Vaccination report Assam 1896-1927 - 1896-1927
Year: 1896
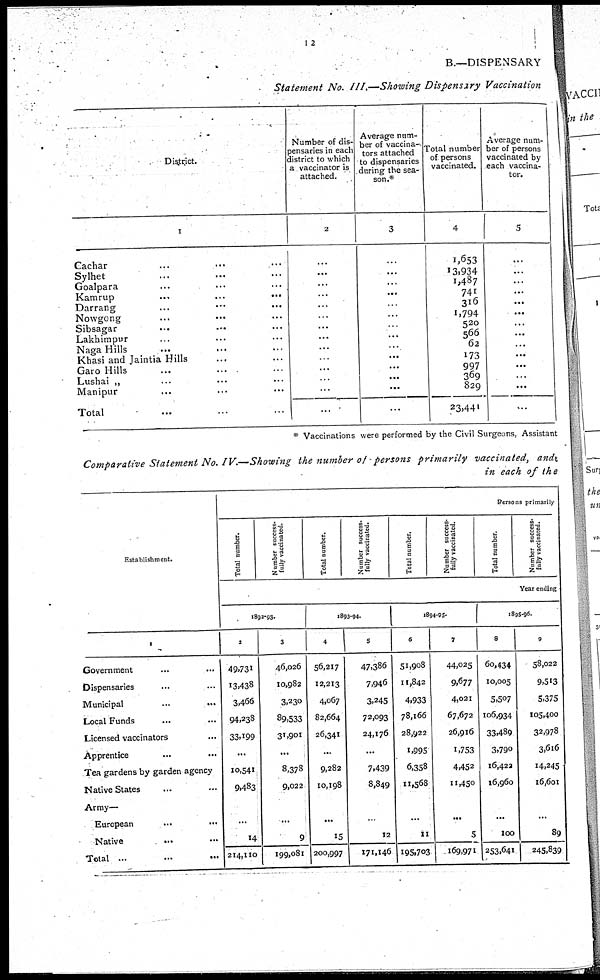
12
B.—DISPENSARY
Statement No. III.—Showing Dispensary Vaccination
District.
1
Cachar ... ... ...
Sylhet ... ... ...
Goalpara ... ... ...
Kamrup
...
...
...
Darrang ... ... ...
Nowgong ... ... ...
Sibsagar
...
...
...
Lakhimpur ... ... ...
Naga Hills ... ... ...
Khasi and Jaintia Hills ... ...
Garo Hills ... ... ...
Lushai „ ... ... ...
Manipur ... ... ...
Total ... ...
Number of dis-
pensaries in each
district to which
a vaccinator is
attached.
2
...
...
...
...
...
...
...
...
...
...
...
...
...
...
Average num-
ber of vaccina-
tors attached
to dispensaries
during the sea-
son.*
3
...
...
...
...
...
...
...
...
...
...
...
...
...
...
Total number
of persons
vaccinated.
4
1,653
13,934
1,487
741
316
1,794
520
566
62
173
997
369
829
23,441
Average num-
ber of persons
vaccinated by
each vaccina-
tor.
5
...
...
...
...
...
...
...
...
...
...
...
...
...
...
* Vaccinations were performed by the Civil Surgeons, Assistant
Comparative Statement No.IV.—Showing the number of persons primarily vaccinated, andt
in each of the
Establishment.
1
Government ... ...
Dispensaries ... ...
Municipal
...
...
Local Funds ... ...
Licensed vaccinators ...
Apprentice
...
...
Tea gardens by garden agency
Native States ... ...
Army—
European
...
...
Native
...
...
Total
...
...
...
Persons primarily
Total number.
Number success*
fully vaccinated.
Total number.
Number success-
fully vaccinated.
Total number.
Number success-
fully vaccinated.
Total number.
Number success-
fully vaccinated.
Year ending
1892-93.
2
49,731
13,438
3,466
94,238
33,199
...
10,541
9,483
...
14
214,110
3
46,026
10,982
3,230
89,533
31,901
...
8,378
9,022
...
9
199,081
1893-94.
4
56,217
12,213
4,067
82,664
26,341
...
9,282
10,198
...
15
200,997
5
47,386
7,946
3,245
72,093
24,176
...
7,439
8,849
...
12
171,146
1894-95.
6
51,908
11,842
4,933
78,166
28,922
1,995
6,358
11,568
...
11
195,703
7
44,025
9,677
4,021
67,672
26,916
1,753
4,452
11,450
...
5
169,971
1895-96
8
60,434
10,005
5,507
106,934
33,489
3,790
16,422
16,960
...
100
253,641
9
58,022
9,513
5,375
105,400
32,978
3,616
14,245
16,601
...
89
245,839